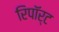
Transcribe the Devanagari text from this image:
रिपॉर्ट